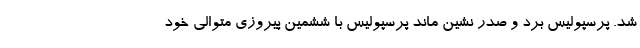
شد. پرسپولیس برد و صدر نشین ماند پرسپولیس با ششمین پیروزی متوالی خود